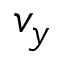
v _ { y }